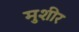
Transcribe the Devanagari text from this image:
मुशीर